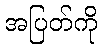
အပြတ်ကို